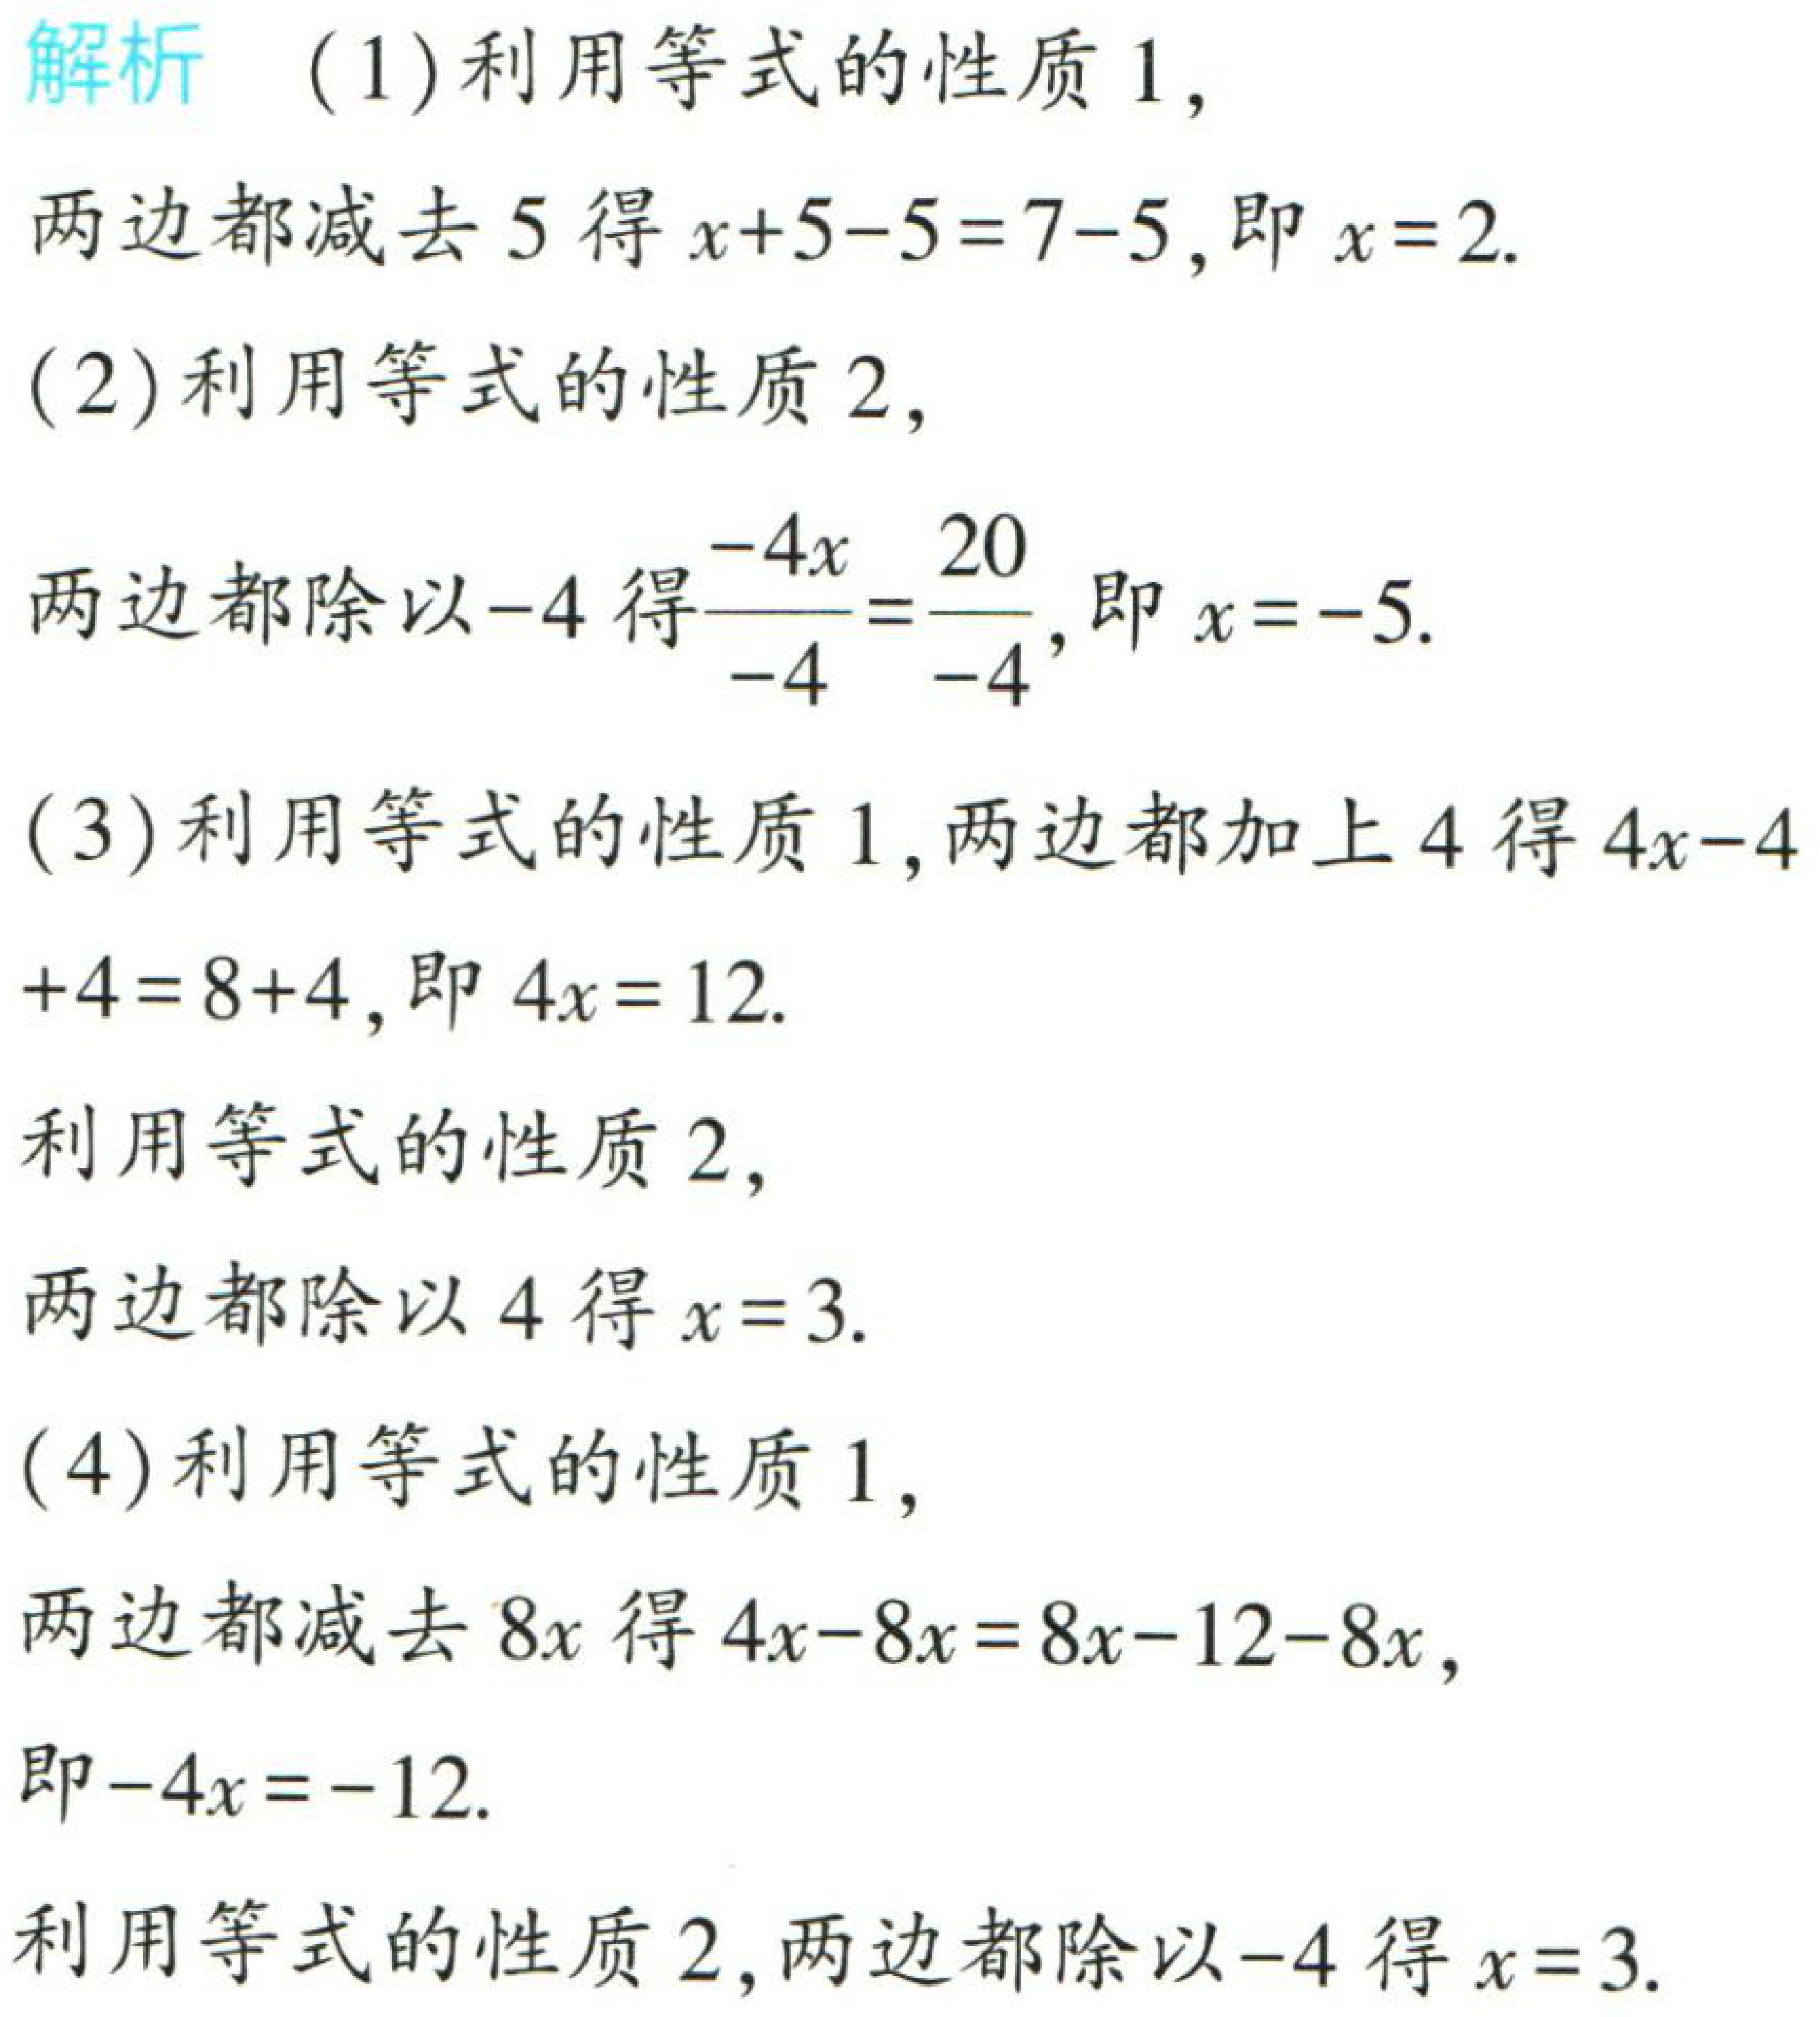
解析 （1）利用等式的性质 1，

两边都减去 5 得 \(x + 5 - 5 = 7 - 5\)，即 \(x = 2\).

（2）利用等式的性质 2，

两边都除以\(-4\)得\(\frac{-4x}{-4}=\frac{20}{-4}\)，即 \(x = -5\).

（3）利用等式的性质 1，两边都加上 4 得 \(4x - 4+4 = 8 + 4\)，即 \(4x = 12\).

利用等式的性质 2，

两边都除以 4 得 \(x = 3\).

（4）利用等式的性质 1，

两边都减去 \(8x\) 得 \(4x - 8x = 8x - 12 - 8x\)，

即\(-4x = -12\).

利用等式的性质 2，两边都除以\(-4\)得 \(x = 3\).